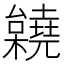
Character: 𣠎